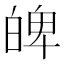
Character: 𤽹